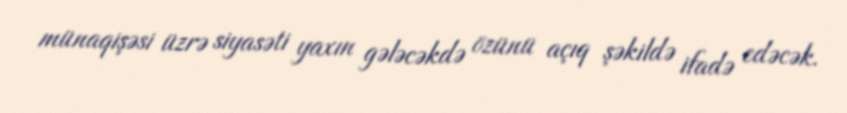
münaqişəsi üzrə siyasəti yaxın gələcəkdə özünü açıq şəkildə ifadə edəcək.